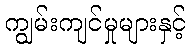
ကျွမ်းကျင်မှုများနှင့်